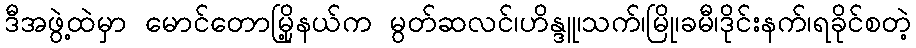
ဒီအဖွဲ့ထဲမှာ မောင်တောမြို့နယ်က မွတ်ဆလင်၊ဟိန္ဒူ၊သက်၊မြို၊ခမီ၊ဒိုင်းနက်၊ရခိုင်စတဲ့